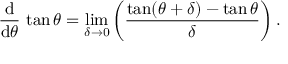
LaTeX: { \frac { \operatorname { d } } { \operatorname { d } \! \theta } } \, \tan \theta = \operatorname* { l i m } _ { \delta \to 0 } \left( { \frac { \tan ( \theta + \delta ) - \tan \theta } { \delta } } \right) .